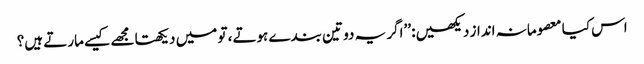
اس کیا معصومانہ انداز دیکھیں: ’’اگر یہ دو تین بندے ہوتے، تو میں دیکھتا مجھے کیسے مارتے ہیں؟